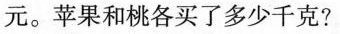
元。苹果和桃各买了多少千克?